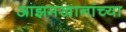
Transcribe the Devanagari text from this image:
आझमखानांच्या